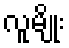
လူမျိုး